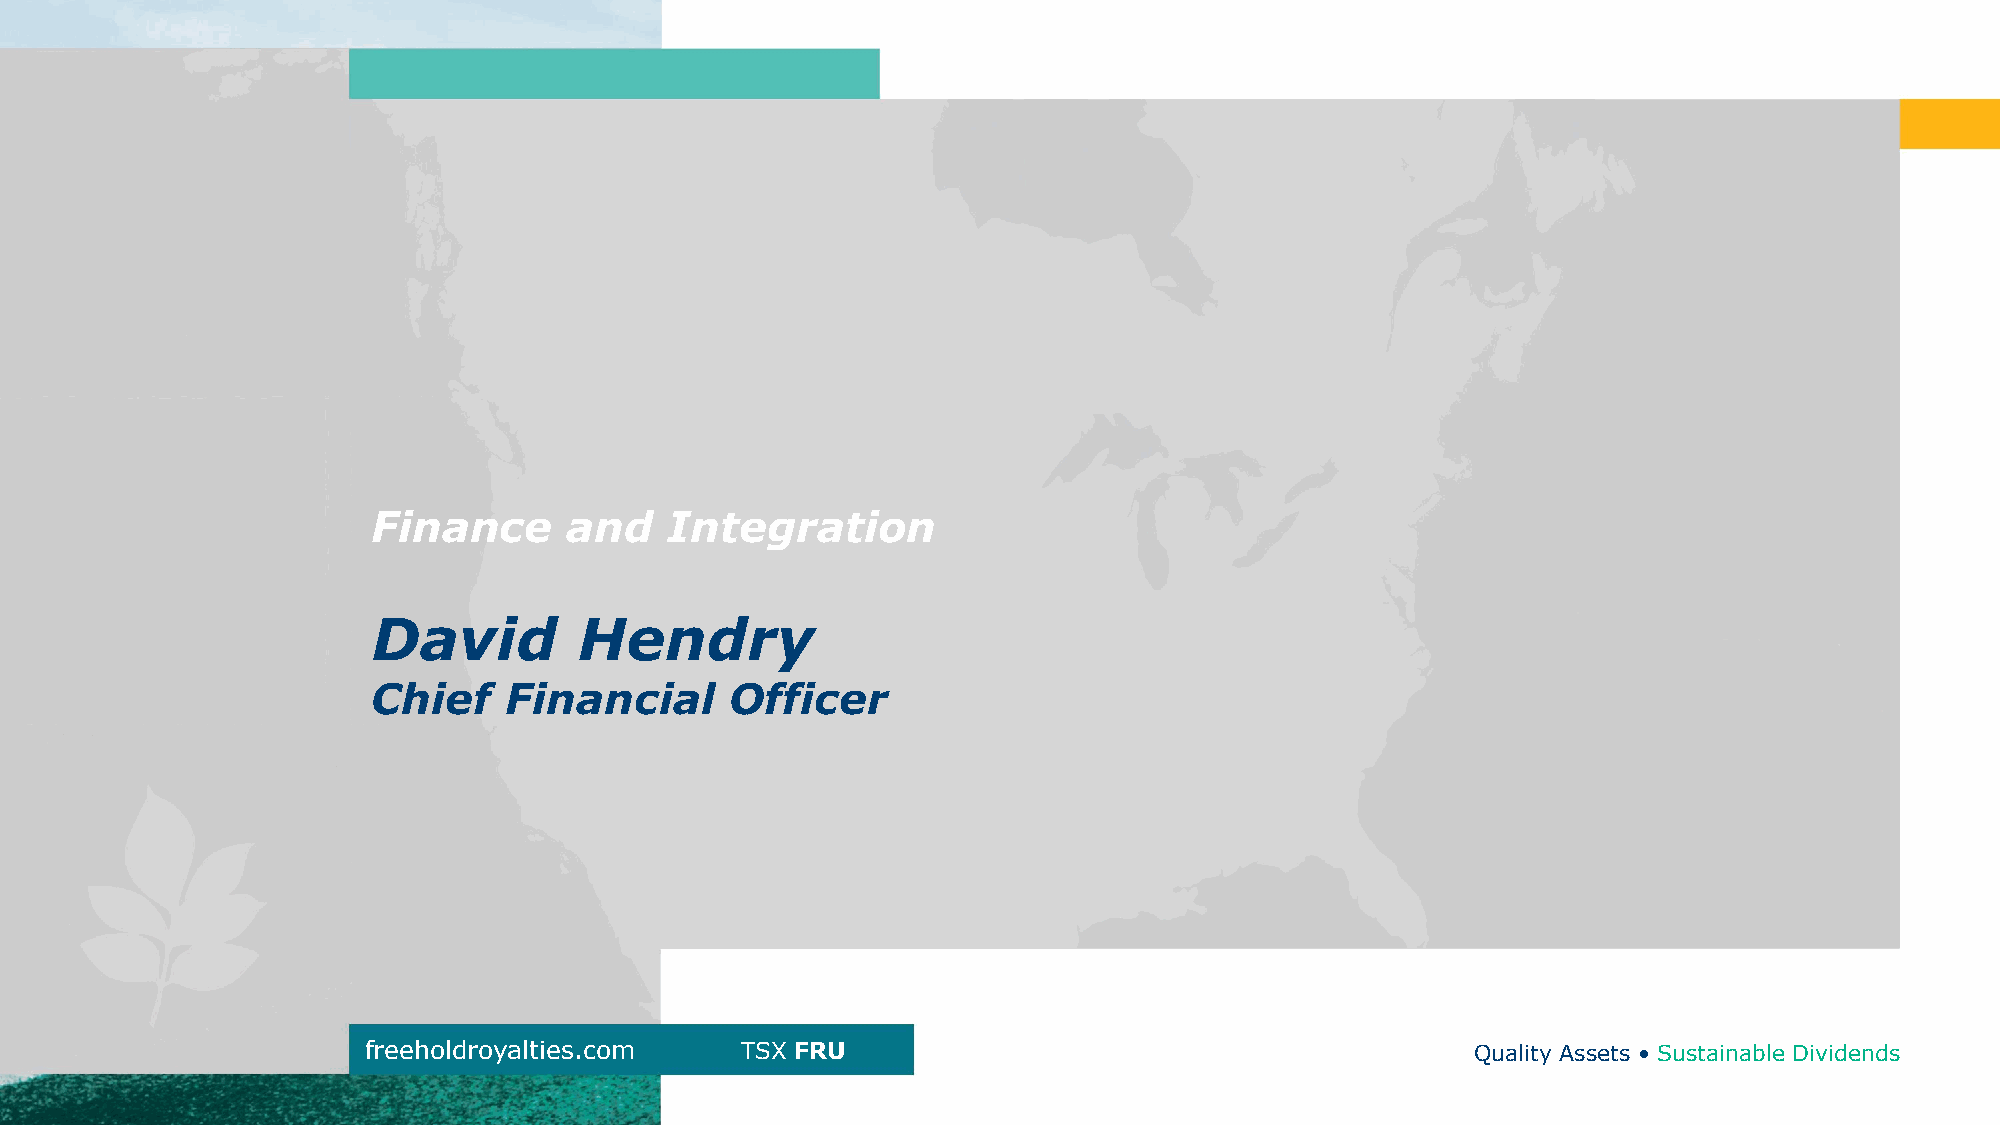
Finance     and    Integration
 David        Hendry
 Chief   Financial      Officer
 freeholdroyalties.com    TSX FRU                                          Quality Assets • Sustainable Dividends